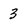
Character: 3